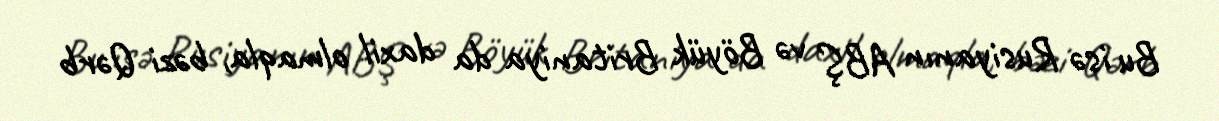
Bu isə Rusiyanın ABŞ və Böyük Britaniya da daxil olmaqla, bəzi Qərb